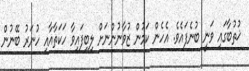
ޚުތުބާގައި ވަނީ ބުނެފައެވެ. އެހެން ކަމުން ޒުވާނުންނަށް ލިބިފައިވާ ހަކަތާއާއި ހުނަރު ބޭނުން